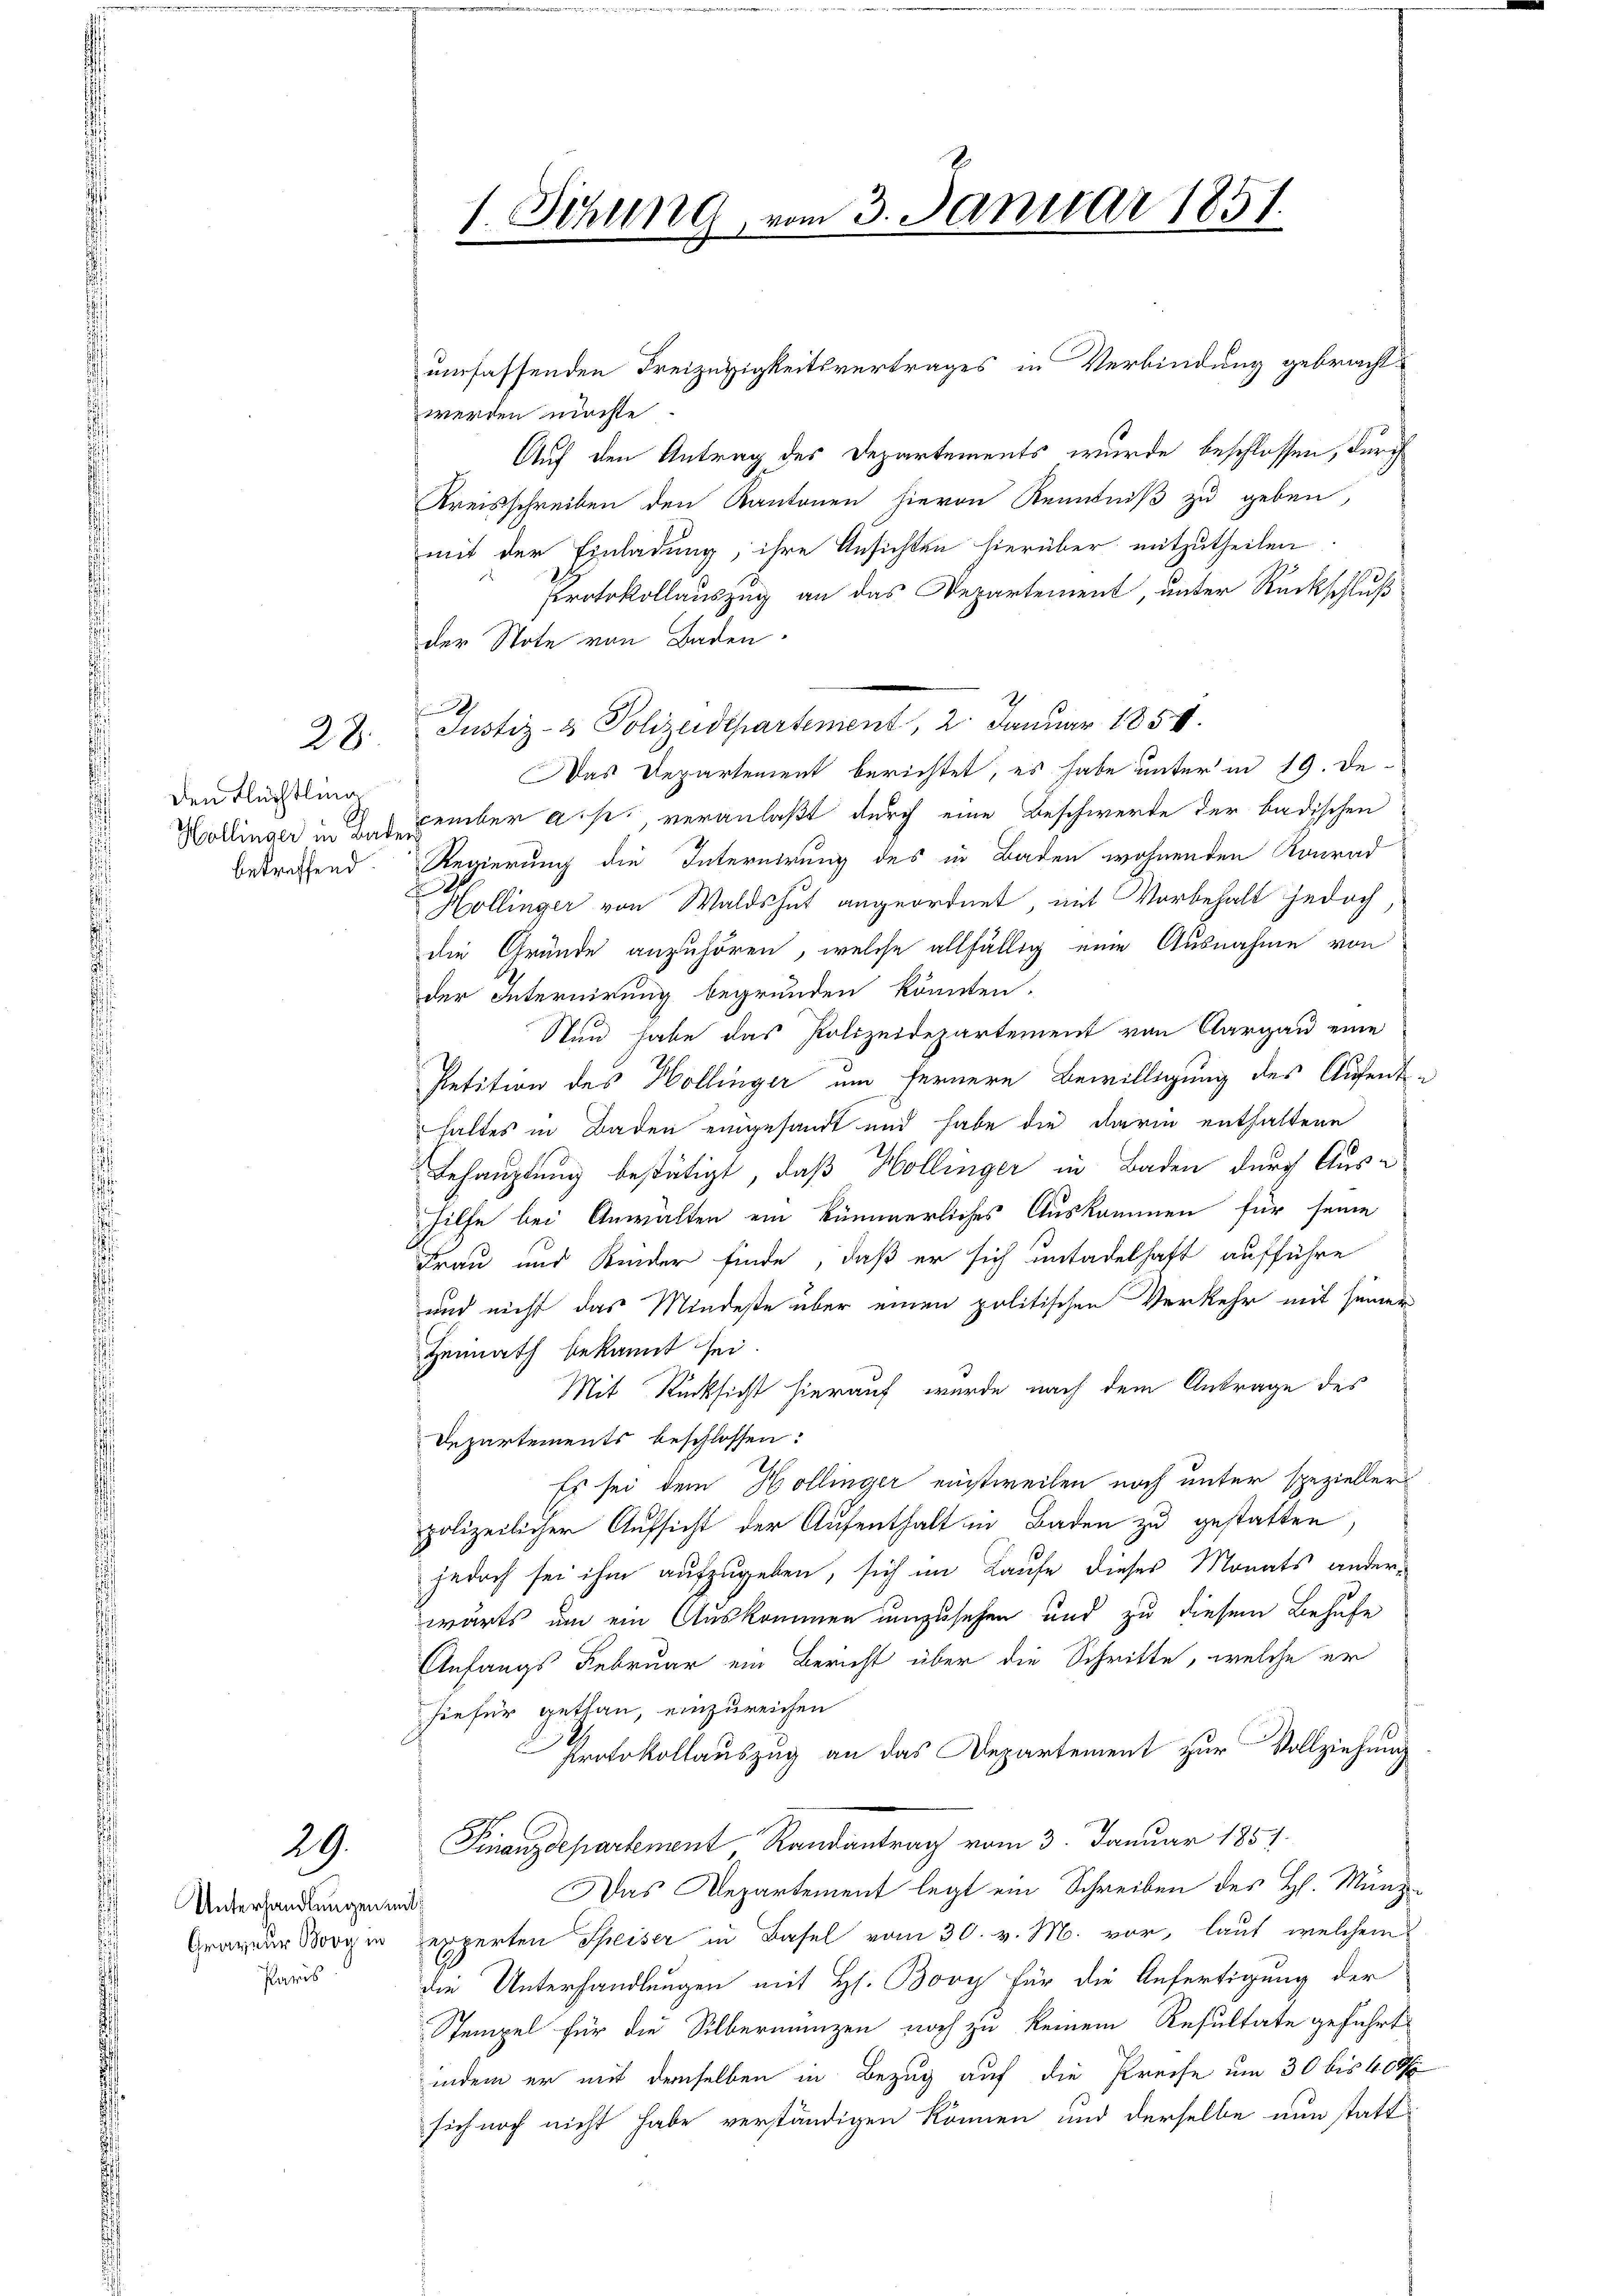
28.

den Flüchtling
betreffend

29.

umfassenden Freizügigkeitsvertrages in Verbindung gebracht
werden möchte
Auf den Antrag des Departements wurde beschlossen, durch
Kreisschreiben den Kantonen hievon Kenntniß zu geben,
mit der Einladung, ihre Ansichten hierüber mitzutheilen
Protokollauszug an das Departement, unter Rückschluß
der Stote von Baden.
Justiz- & Polizeidepartement, 2. Januar 1854.
Das Departement berichtet, es habe unter in 19. De¬
Kollinger in das exember a. s. veranlaßt durch eine Beschwerte der badischen
Regierung die Internirung des in Baden wohnenden Konrad
¬
Hollinger von Waldshut angeordnet mit Vorbehalt jedoch,
die Gründe anzuhören, welche allfällig eine Ausnahme von
der Internirung begründen könnten.
Stund habe das Polizeidepartement von Aargau eine
Petition des Hollinger um fernere Bewilligung des Aufent-
haltes in Baden eingesandt und habe die darin enthaltene
Behauptung bestätigt, daß Hollinger in Baden durch Aushilfe bei Anwalten ein kümmerliches Auskommen für seine
Frau und Kinder finde, daß er sich untadelhaft aufführe
und nicht das Mindeste über einen politischen Verkehr mit seiner
Heimath bekannt sei.
Mit Rücksicht hierauf wurde nach dem Antrage des
Departements beschlossen:
Es sei dem Hollinger einstweilen noch unter spezieller
polizeilicher Aufsicht der Aufenthalt in Baden zu gestatten
jedoch sei ihm aufzugeben, sich im Laufe dieses Monats anderwärts um ein Auskommen umzusehen und zu diesem Behufe
Anfangs Februar ein Bericht über die Schritte, welche er
hiefür gethan, einzureichen
Protokollauszug an das Departement zur Vollziehung
Finanzdepartenant Randantrag vom 3. Januar 1851.
Das Departement legt ein Schreiben des H. Münz¬
Graveur Sorgen experten Speiser in Basel vom 30. v. M. vor, laut welchem
die Unterhandlungen mit H. Bovy für die Anfertigung der
Stempel für die Silbermanzen noch zu keinem Resultate geführt
indem er mit demselben in Bezug auf die Preise um 30 bis 40 M
sich noch nicht habe verständigen können und derselbe nun statt

Unterhandlungen mit
Paris

1. Sitzung, vom 3. Januar 1851.

9